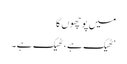
میں پوچھوں گا
‘ٹھیک ہے ، ٹھیک ہے۔